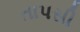
તાપસી